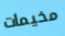
مخيمات